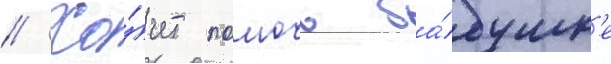
// Хо́чет помочь ба́бушк'е